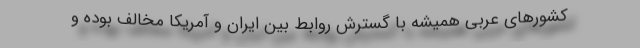
کشورهای عربی همیشه با گسترش روابط بین ایران و آمریکا مخالف بوده و